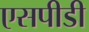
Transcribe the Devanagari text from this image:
एसपीडी